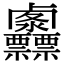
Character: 𠨌